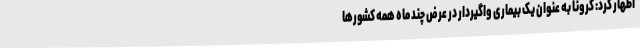
اظهار کرد: کرونا به عنوان یک بیماری واگیردار در عرض چند ماه همه کشورها